Leaving Certificate Examination (including Day School Certificate (Higher) General paper), 1928
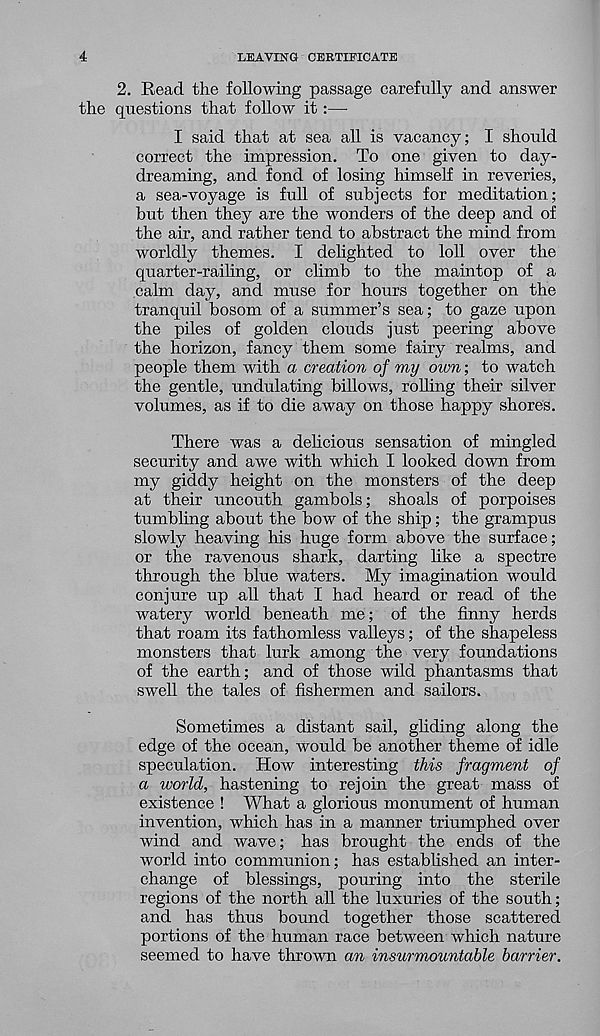
4
LEAVING CERTIFICATE
2. Read the following passage carefully and answer
the questions that follow it:—
I said that at sea all is vacancy; I should
correct the impression. To one given to day-
dreaming, and fond of losing himself in reveries,
a sea-voyage is full of subjects for meditation;
but then they are the wonders of the deep and of
the air, and rather tend to abstract the mind from
worldly themes. I delighted to loll over the
quarter-railing, or climb to the maintop of a
calm day, and muse for hours together on the
tranquil bosom of a summer’s sea; to gaze upon
the piles of golden clouds just peering above
the horizon, fancy them some fairy realms, and
people them with a creation of my own; to watch
the gentle, undulating billows, rolling their silver
volumes, as if to die away on those happy shores.
There was a delicious sensation of mingled
security and awe with which I looked down from
my giddy height on the monsters of the deep
at their uncouth gambols; shoals of porpoises
tumbling about the bow of the ship; the grampus
slowly heaving his huge form above the surface;
or the ravenous shark, darting like a spectre
through the blue waters. My imagination would
conjure up all that I had heard or read of the
watery world beneath me; of the finny herds
that roam its fathomless valleys; of the shapeless
monsters that lurk among the very foundations
of the earth; and of those wild phantasms that
swell the tales of fishermen and sailors.
Sometimes a distant sail, gliding along the
edge of the ocean, would be another theme of idle
speculation. How interesting this fragment of
a ivorld, hastening to rejoin the great mass of
existence ! What a glorious monument of human
invention, which has in a manner triumphed over
wind and wave; has brought the ends of the
world into communion; has established an inter-
change of blessings, pouring into the sterile
regions of the north all the luxuries of the south;
and has thus bound together those scattered
portions of the human race between which nature
seemed to have thrown an insurmountable barrier.